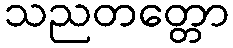
သညတတ္တော